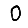
Digit: 0